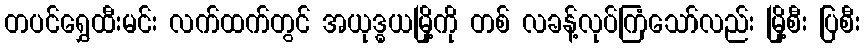
တပင်ရွှေထီးမင်း လက်ထက်တွင် အယုဒ္ဓယမြို့ကို တစ် လခန့်လုပ်ကြံသော်လည်း မြို့စီး ပြစီး